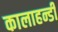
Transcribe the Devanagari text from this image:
कालाहन्डी